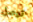
توصل